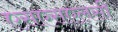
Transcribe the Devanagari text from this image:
एसएसएलसी